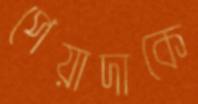
পেয়াদাকে